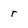
Character: r